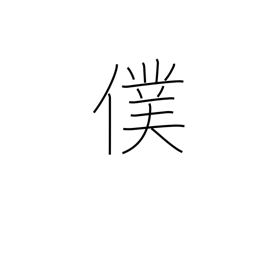
Meaning: servant